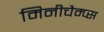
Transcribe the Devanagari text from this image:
मिनीचैम्प्स